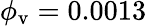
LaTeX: \phi_{\mathrm{v}}=0.0013